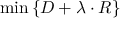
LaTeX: \operatorname* { m i n } \left\{ D + \lambda \cdot R \right\}